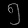
Digit: ၅